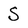
Character: S